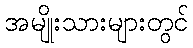
အမျိုးသားများတွင်